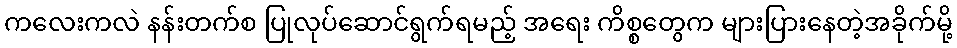
ကလေးကလဲ နန်းတက်စ ပြုလုပ်ဆောင်ရွက်ရမည့် အရေး ကိစ္စတွေက များပြားနေတဲ့အခိုက်မို့